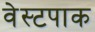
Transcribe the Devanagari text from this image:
वेस्टपाक